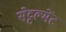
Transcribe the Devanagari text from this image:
सेट्टल्मेंट